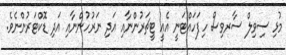
މުޅި ސިވިލް ސާރވިސް ހިފަހައްޓަނީ އެއީ ޓީޗަރުންނާއި އަދި ނަރުހުންނާއި އަދި ޑޮކްޓަރުންނެވެ.